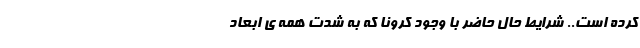
کرده است.. شرایطِ حالِ حاضر با وجود کرونا که به شدت همه ی ابعادِ